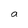
Character: a